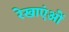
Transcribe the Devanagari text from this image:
रेखाएंओं